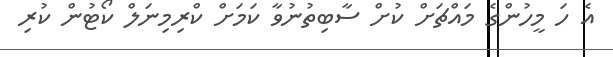
އެ ހަ މީހުންގެ މައްޗަށް ކުށް ސާބިތުނުވާ ކަމަށް ކްރިމިނަލް ކޯޓުން ކުރި